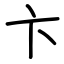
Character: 卞